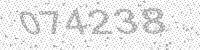
Solution: 074238